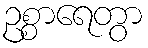
ဥစ္စာရေတွာ